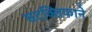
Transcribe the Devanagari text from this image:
सटक्लिफाने